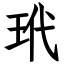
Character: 玳